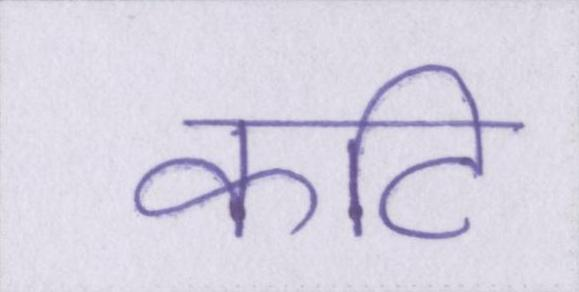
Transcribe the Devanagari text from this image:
कटि